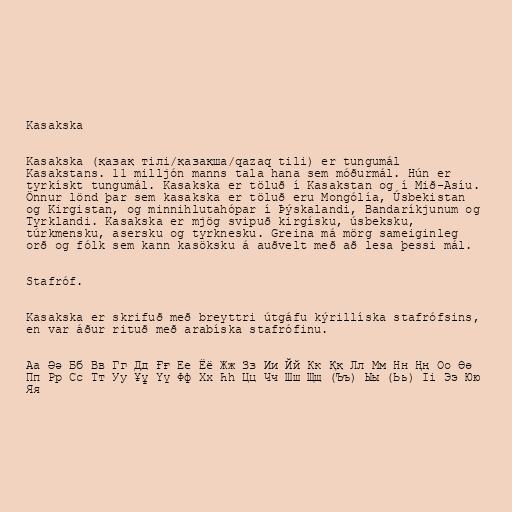
Kasakska

Kasakska (қазақ тілі/қазақша/qazaq tili) er tungumál
Kasakstans. 11 milljón manns tala hana sem móðurmál. Hún er
tyrkískt tungumál. Kasakska er töluð í Kasakstan og í Mið-Asíu.
Önnur lönd þar sem kasakska er töluð eru Mongólía, Úsbekistan
og Kirgistan, og minnihlutahópar í Þýskalandi, Bandaríkjunum og
Tyrklandi. Kasakska er mjög svipuð kirgísku, úsbeksku,
túrkmensku, asersku og tyrknesku. Greina má mörg sameiginleg
orð og fólk sem kann kasöksku á auðvelt með að lesa þessi mál.

Stafróf.

Kasakska er skrifuð með breyttri útgáfu kýrillíska stafrófsins,
en var áður rituð með arabíska stafrófinu.

Аа Әә Бб Вв Гг Дд Ғғ Ее Ёё Жж Зз Ии Йй Кк Ққ Лл Мм Нн Ңң Оо Өө
Пп Рр Сс Тт Уу Ұұ Үү Фф Хх Һһ Цц Чч Шш Щщ (Ъъ) Ыы (Ьь) Іі Ээ Юю
Яя